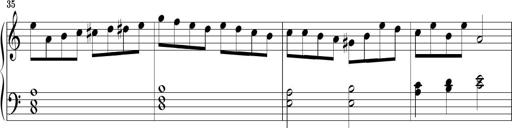
Title: Piano Sonatina No.1
Composer: Dimitri Sykias
Key: D minor